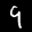
Label: 9